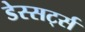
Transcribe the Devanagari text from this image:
डेस्सर्ट्स